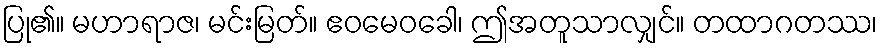
ပြု၏။ မဟာရာဇ၊ မင်းမြတ်။ ဧဝမေဝခေါ၊ ဤအတူသာလျှင်။ တထာဂတဿ၊